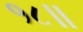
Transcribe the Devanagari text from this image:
१८॥